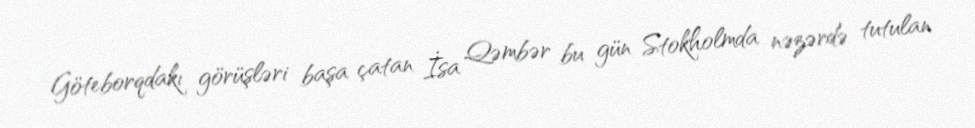
Göteborqdakı görüşləri başa çatan İsa Qəmbər bu gün Stokholmda nəzərdə tutulan